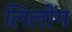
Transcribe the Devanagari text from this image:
लिलोंग